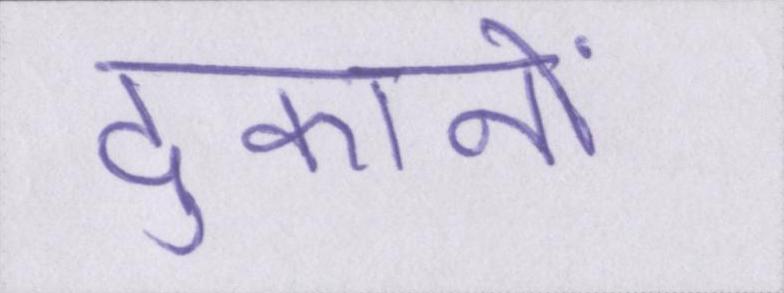
दुकानों